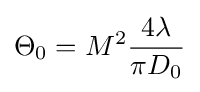
\Theta _{0}=M^{2}{4\lambda  \over \pi D_{0}}